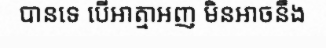
បានទេ បើអាត្មាអញ មិនអាចនឹង